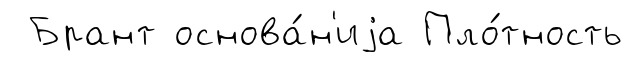
Брант основа́н'иjа Пло́тность